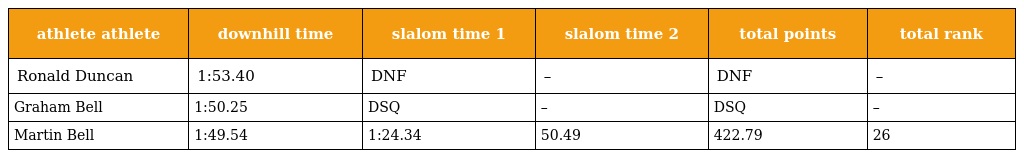
| athlete athlete | downhill time | slalom time 1 | slalom time 2 | total points | total rank |
 | --- | --- | --- | --- | --- | --- |
 | Ronald Duncan | 1:53.40 | DNF | – | DNF | – |
 | Graham Bell | 1:50.25 | DSQ | – | DSQ | – |
 | Martin Bell | 1:49.54 | 1:24.34 | 50.49 | 422.79 | 26 |